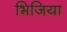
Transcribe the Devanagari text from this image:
भिजिया